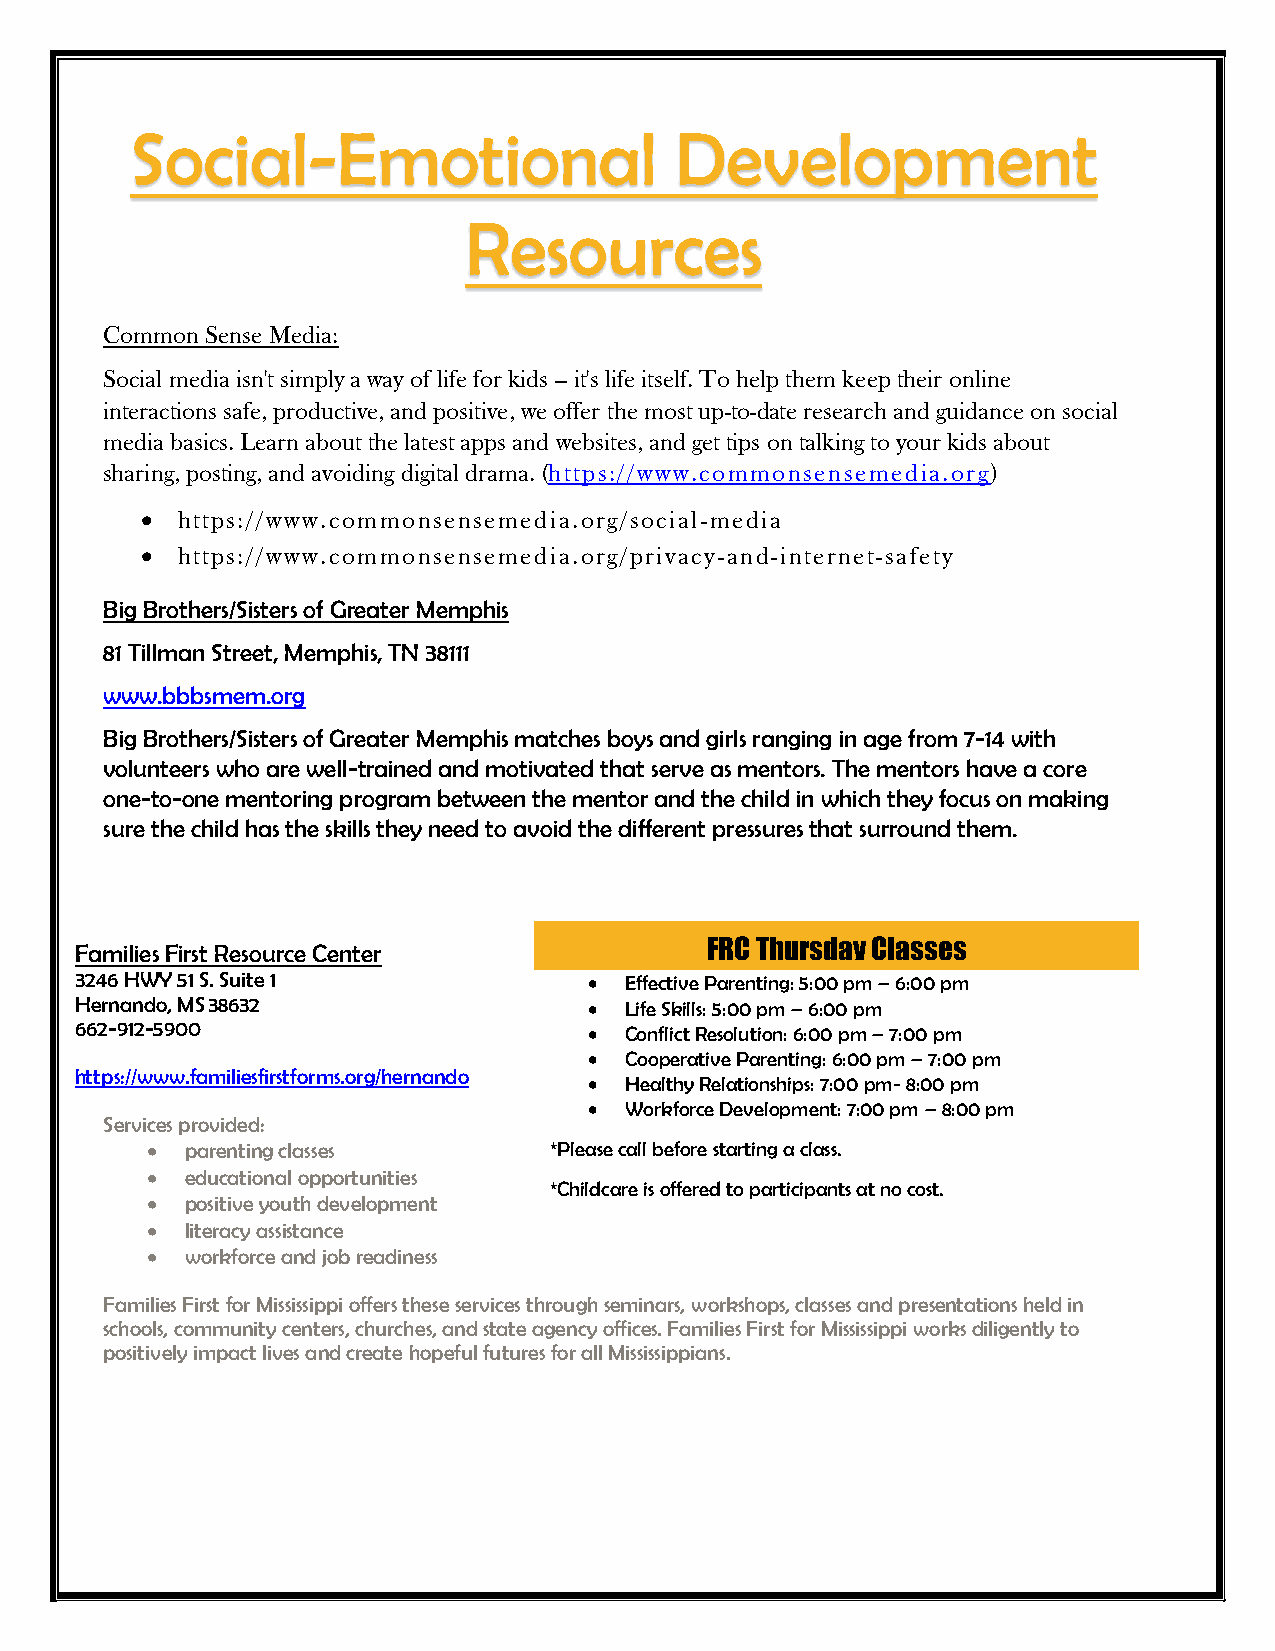
Social-Emotional                    Development
 Resources
 Common Sense Media:
 Social media isn't simply a way of life for kids -- it's life itself. To help them keep their online
 interactions safe, productive, and positive, we offer the most up-to-date research and guidance on social
 media basics. Learn about the latest apps and websites, and get tips on talking to your kids about
 sharing, posting, and avoiding digital drama. (https://www.commonsensemedia.org)
   https://www.commonsensemedia.org/social-media
   https://www.commonsensemedia.org/privacy-and-internet-safety
 Big Brothers/Sisters of Greater Memphis
 81 Tillman Street, Memphis, TN 38111
 www.bbbsmem.org
 Big Brothers/Sisters of Greater Memphis matches boys and girls ranging in age from 7-14 with
 volunteers who are well-trained and motivated that serve as mentors. The mentors have a core
 one-to-one mentoring program between the mentor and the child in which they focus on making
 sure the child has the skills they need to avoid the different pressures that surround them.
 FRC Thursday Classes
 Families First Resource Center
 3246 HWY 51 S. Suite 1             Effective Parenting: 5:00 pm – 6:00 pm
 Hernando, MS 38632                 Life Skills: 5:00 pm – 6:00 pm
 662-912-5900
  Conflict Resolution: 6:00 pm – 7:00 pm
  Cooperative Parenting: 6:00 pm – 7:00 pm
 https://www.familiesfirstforms.org/hernando
  Healthy Relationships: 7:00 pm- 8:00 pm
  Workforce Development: 7:00 pm – 8:00 pm
 Services provided:
  parenting classes       *Please call before starting a class.
  educational opportunities
 *Childcare is offered to participants at no cost.
  positive youth development
  literacy assistance
  workforce and job readiness
 Families First for Mississippi offers these services through seminars, workshops, classes and presentations held in
 schools, community centers, churches, and state agency offices. Families First for Mississippi works diligently to
 positively impact lives and create hopeful futures for all Mississippians.